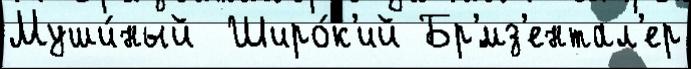
Муши́ный  Широ́к'ий Бр'́мз'ентал'ер